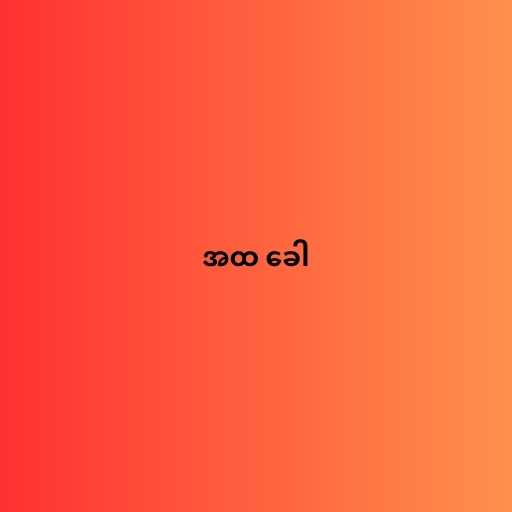
အထ ခေါ